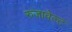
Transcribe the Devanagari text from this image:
रुजावेल्ट